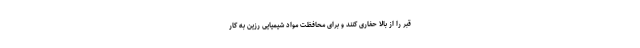
قبر را از بالا حفاری کنند و برای محافظت مواد شیمیایی رزین به کار